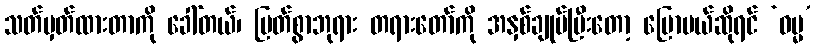
သတ်မှတ်ထားတာကို ခေါ်တယ်၊ မြတ်စွာဘုရား တရားတော်ကို အနှစ်ချုပ်ပြီးတော့ ပြောမယ်ဆိုရင် ‘ဓမ္မ’